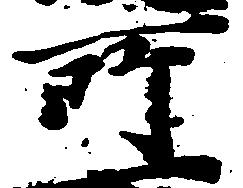
所